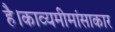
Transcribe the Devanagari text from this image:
है।काव्यमीमांसाकार